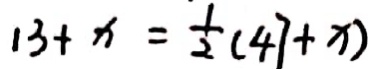
1 3 + x = \frac { 1 } { 2 } ( 4 7 + x )